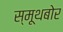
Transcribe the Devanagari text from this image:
स्मूथबोर